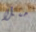
مثلا